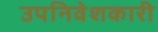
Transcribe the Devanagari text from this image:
उपनिवेशकारी